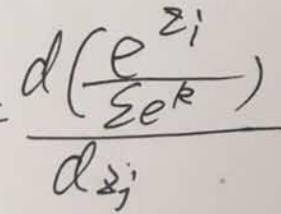
\[
\frac{d\left(\frac{e^{z_i}}{\sum e^{k}}\right)}{d z_j}
\]